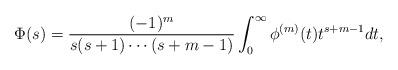
LaTeX: \begin{align*} \Phi(s) = \frac{(-1)^m}{s(s+1) \cdots (s+m-1)} \int_{0}^{\infty} \phi^{(m)}(t) t^{s+m-1} dt,\end{align*}